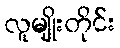
လူမျိုးတိုင်း